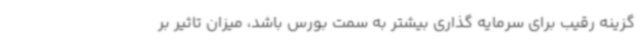
گزینه رقیب برای سرمایه گذاری بیشتر به سمت بورس باشد، میزان تاثیر بر